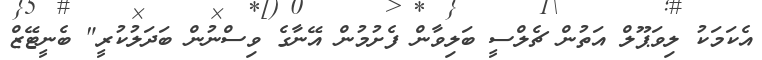
އެކަމަކު ލިވަޕޫލް އަތުން ޗެލްސީ ބަލިވާން ފެށުމުން އޭނާގެ ވިސްނުން ބަދަލުކުރީ" ބެނީޓޭޒް